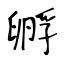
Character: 孵